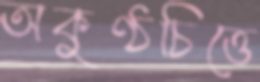
অকুণ্ঠচিত্তে